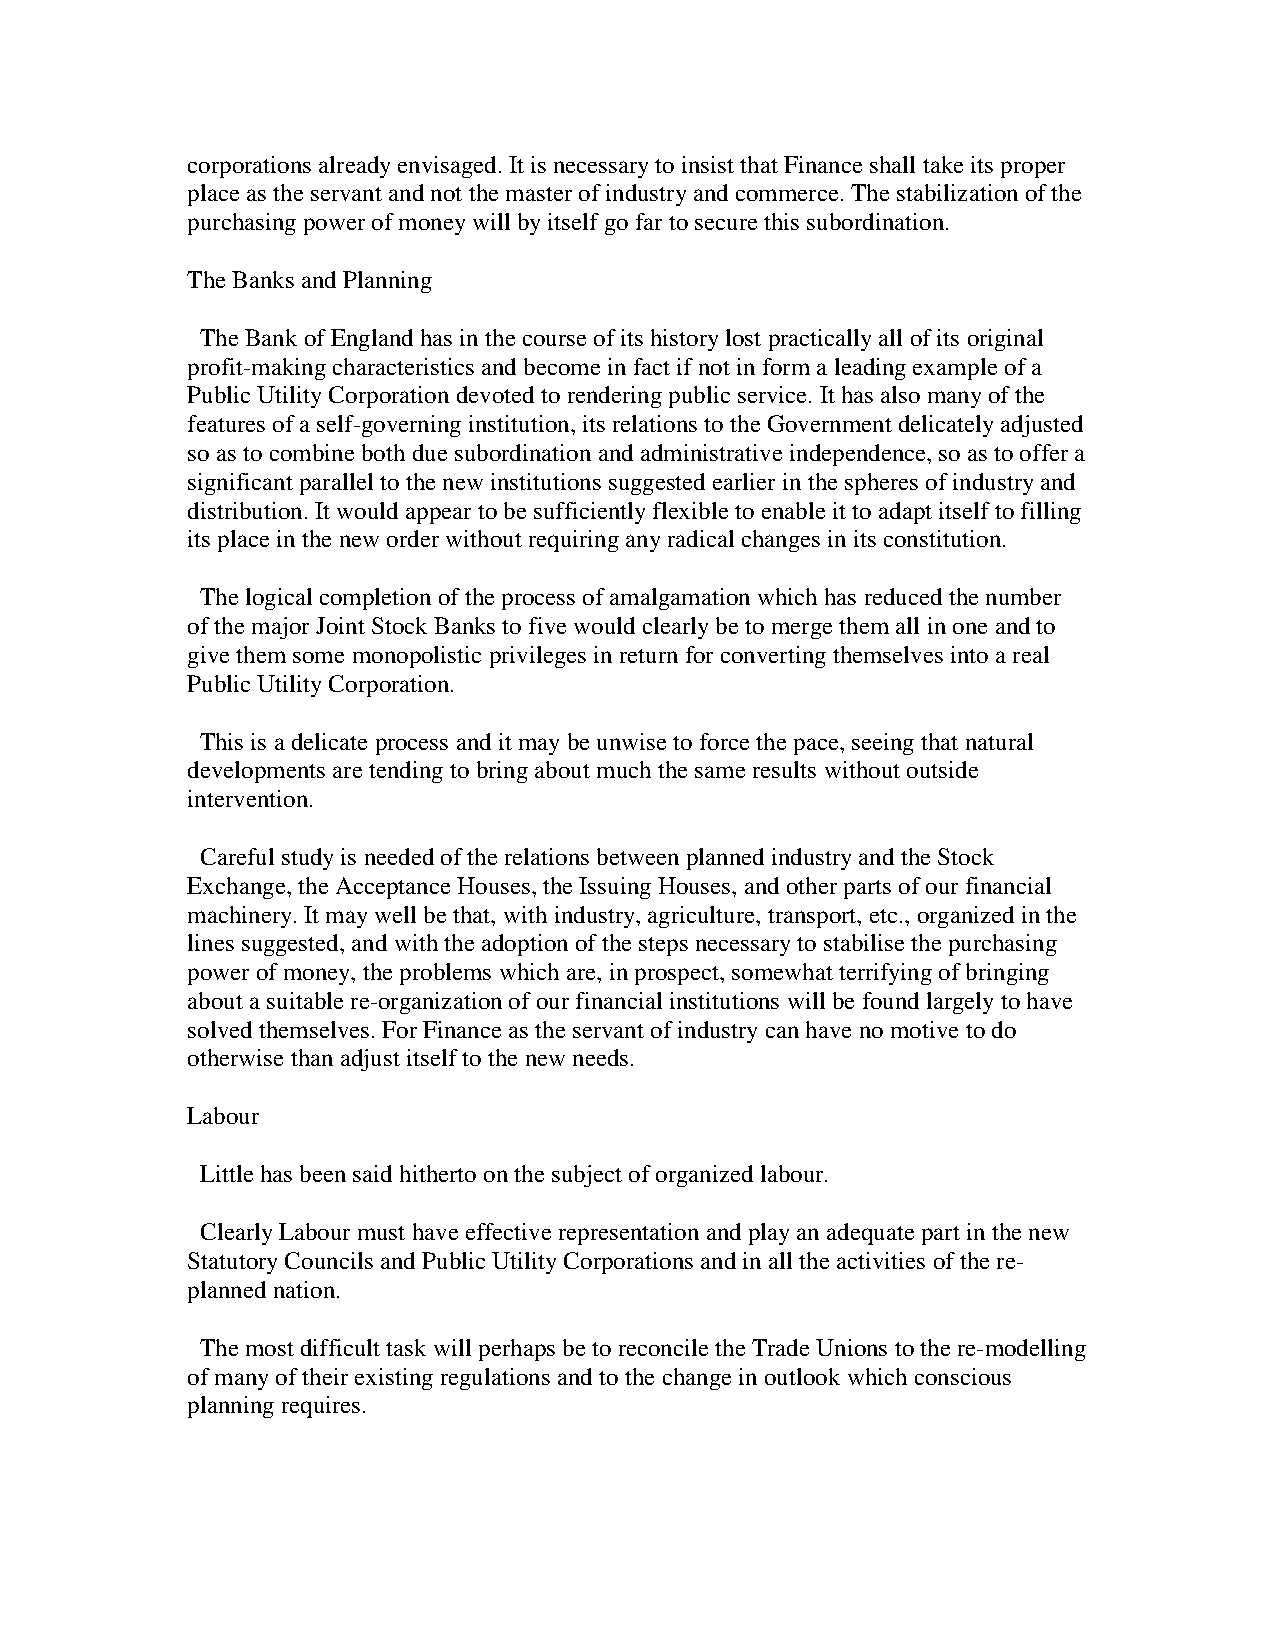
corporations already envisaged. It is necessary to insist that Finance shall take its proper
 place as the servant and not the master of industry and commerce. The stabilization of the
 purchasing power of money will by itself go far to secure this subordination.
 The Banks and Planning
 The Bank of England has in the course of its history lost practically all of its original
 profit-making characteristics and become in fact if not in form a leading example of a
 Public Utility Corporation devoted to rendering public service. It has also many of the
 features of a self-governing institution, its relations to the Government delicately adjusted
 so as to combine both due subordination and administrative independence, so as to offer a
 significant parallel to the new institutions suggested earlier in the spheres of industry and
 distribution. It would appear to be sufficiently flexible to enable it to adapt itself to filling
 its place in the new order without requiring any radical changes in its constitution.
 The logical completion of the process of amalgamation which has reduced the number
 of the major Joint Stock Banks to five would clearly be to merge them all in one and to
 give them some monopolistic privileges in return for converting themselves into a real
 Public Utility Corporation.
 This is a delicate process and it may be unwise to force the pace, seeing that natural
 developments are tending to bring about much the same results without outside
 intervention.
 Careful study is needed of the relations between planned industry and the Stock
 Exchange, the Acceptance Houses, the Issuing Houses, and other parts of our financial
 machinery. It may well be that, with industry, agriculture, transport, etc., organized in the
 lines suggested, and with the adoption of the steps necessary to stabilise the purchasing
 power of money, the problems which are, in prospect, somewhat terrifying of bringing
 about a suitable re-organization of our financial institutions will be found largely to have
 solved themselves. For Finance as the servant of industry can have no motive to do
 otherwise than adjust itself to the new needs.
 Labour
 Little has been said hitherto on the subject of organized labour.
 Clearly Labour must have effective representation and play an adequate part in the new
 Statutory Councils and Public Utility Corporations and in all the activities of the re-
 planned nation.
 The most difficult task will perhaps be to reconcile the Trade Unions to the re-modelling
 of many of their existing regulations and to the change in outlook which conscious
 planning requires.